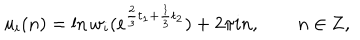
u _ { i } ( n ) = \ln w _ { i } ( e ^ { \frac { 2 } { 3 } t _ { 1 } + \frac { 1 } { 3 } t _ { 2 } } ) + 2 \pi i n , \qquad n \in { \bf Z } ,